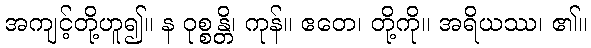
အကျင့်တို့ဟူ၍။ န ဝုစ္စန္တိ၊ ကုန်။ ဧတေ၊ တို့ကို။ အရိယဿ၊ ၏။